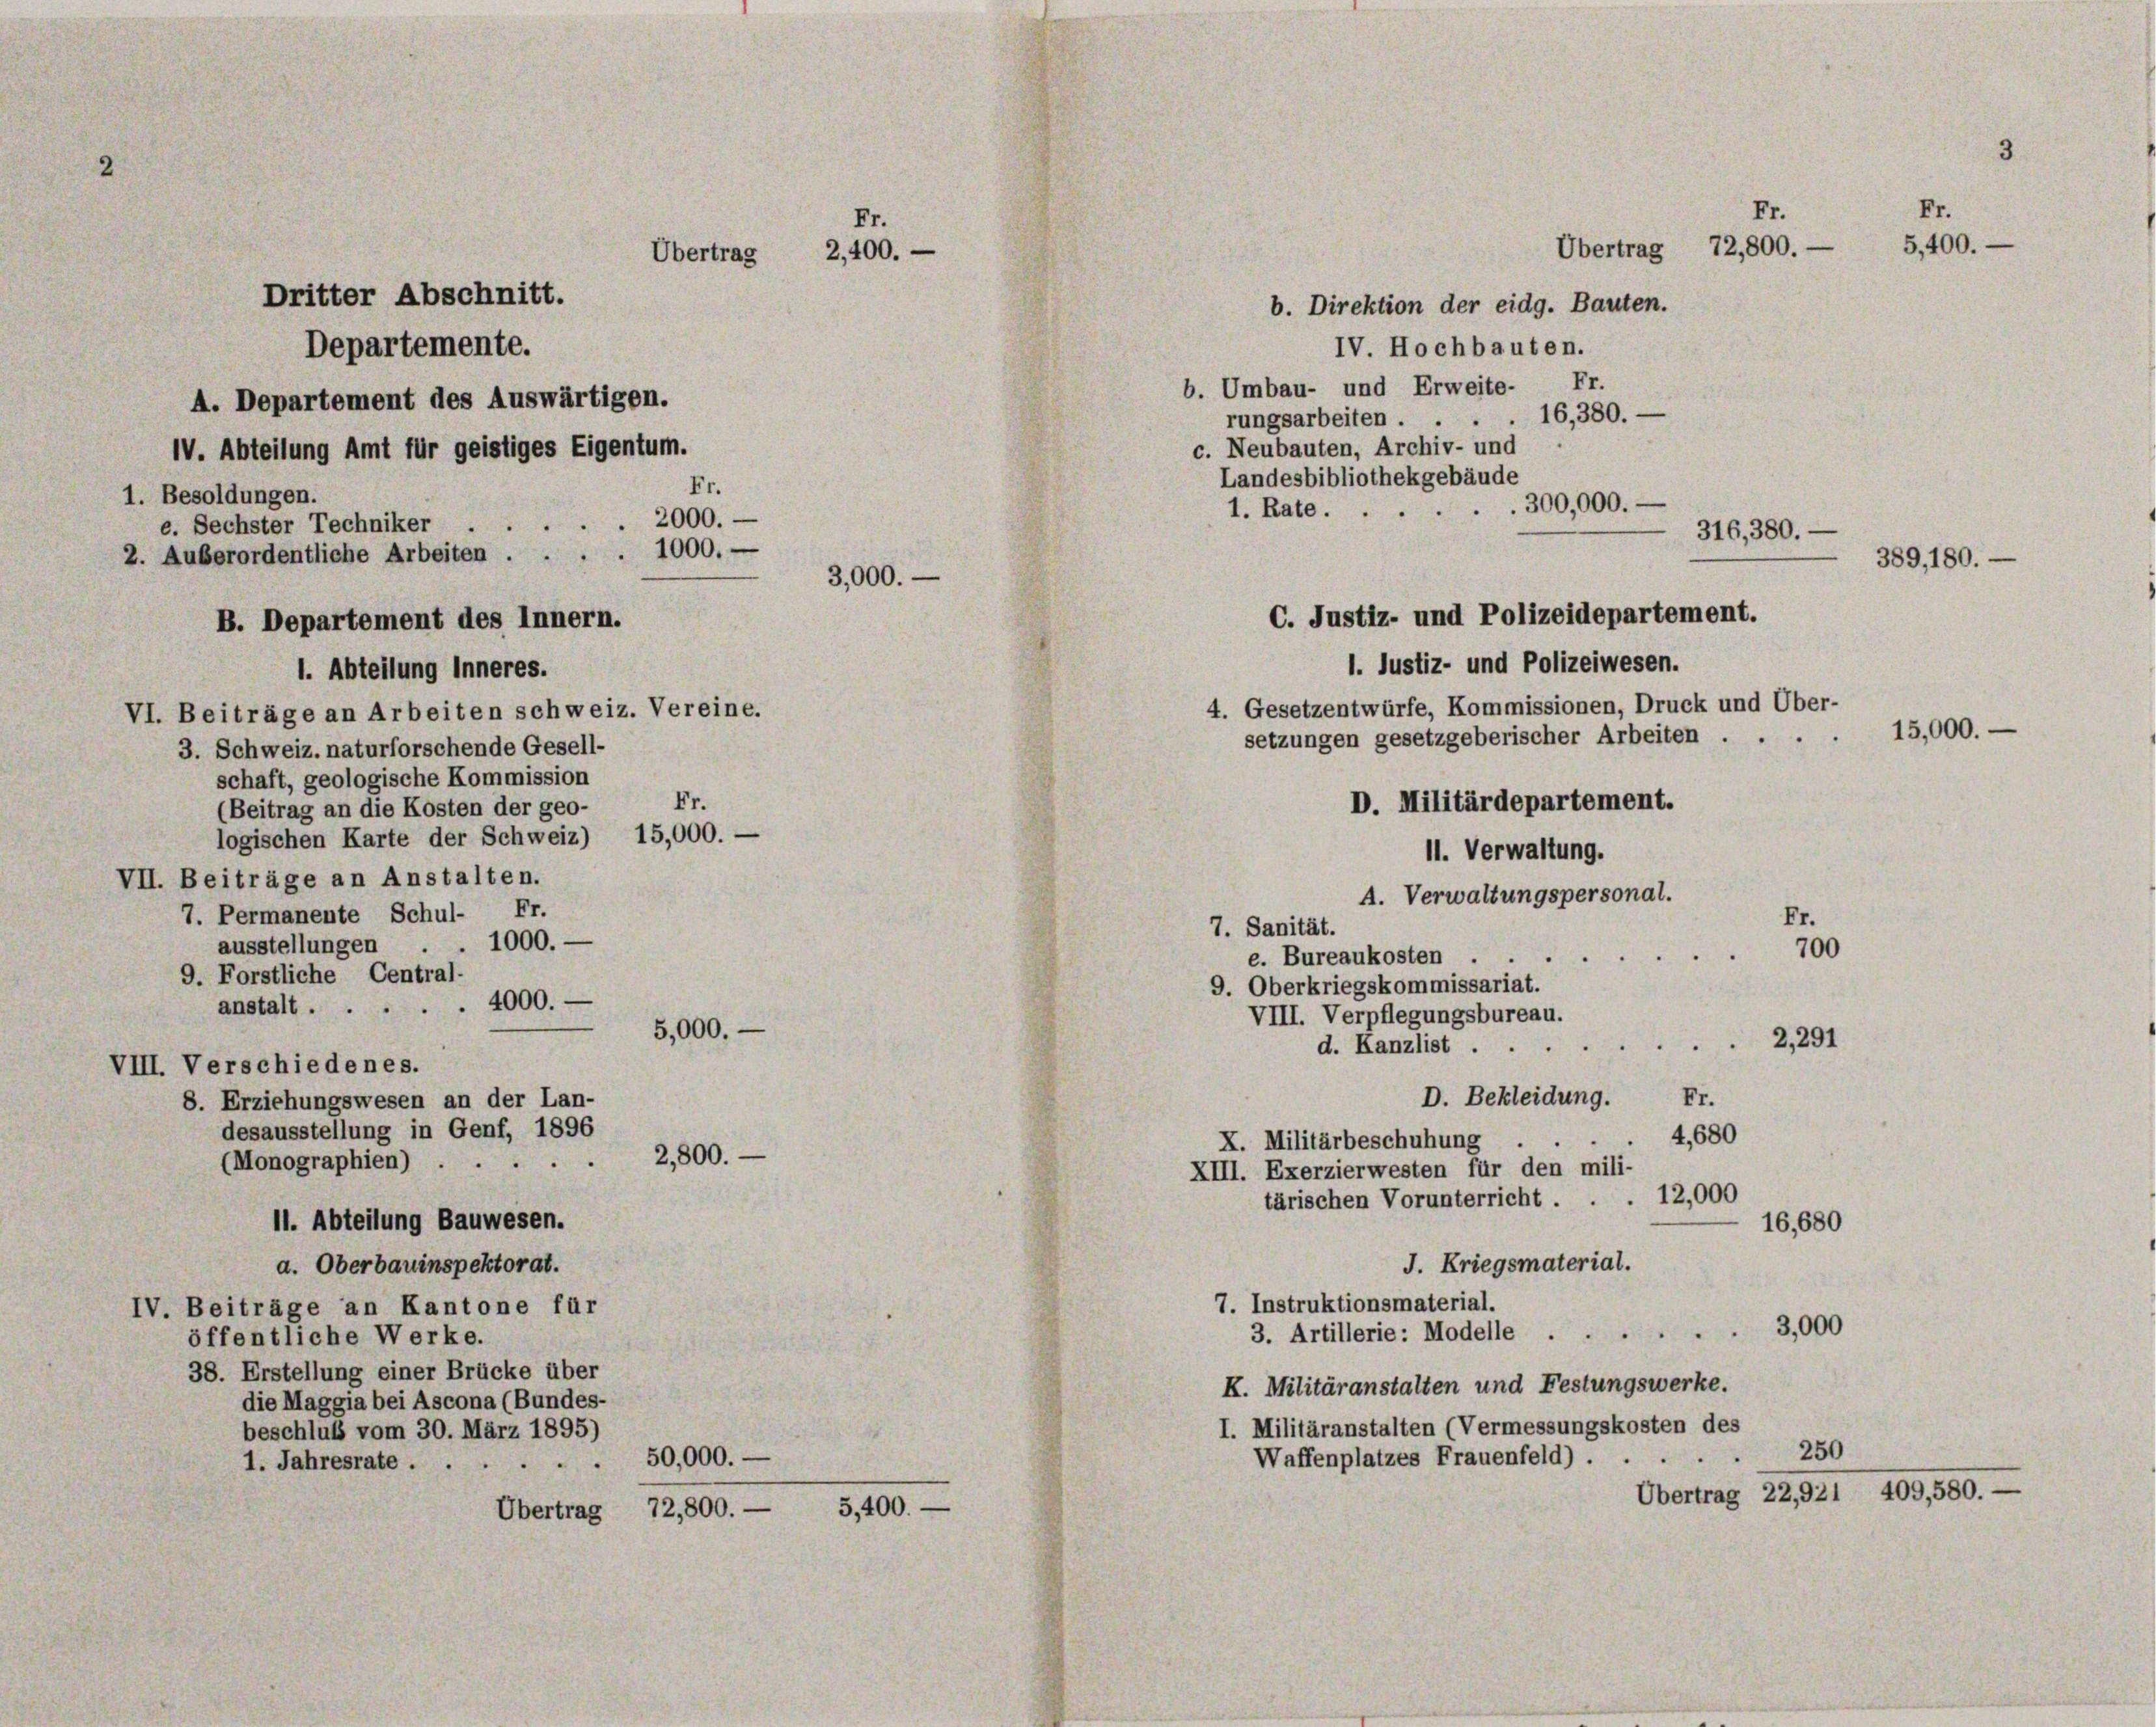
Fr.
2,400.
Übertrag
Dritter Abschnitt.
Departemente.
A. Departement des Auswärtigen.
IV. Abteilung Amt für geistiges Eigentum.
Fr.
1. Besoldungen.
2000.

e. Sechster Techniker
2. Auberordentliche Arbeiten . . . . 1000.
3,000.
B. Departement des Innern.

. Abteilung inneres.

VI. Beiträge an Arbeiten schweiz. Vereine.
3. Schweiz. naturforschende Gesell-
schaft, geologische Kommission
Fr.
(Beitrag an die Kosten der geo-
logischen Karte der Schweiz) 15,000. —
VII. Beiträge an Anstalten.
7. Permanente Schul- Fr.
. 1000.
ausstellungen
9. Forstliche Central-
4000.
anstalt ...
VIII. Verschiedenes.
8. Erziehungswesen an der Lan-
desausstellung in Genf, 1896
2,800.
(Monographien)
11. Abteilung Bauwesen.
a. Oberbauinspektorat.
IV. Beiträge an Kantone für
öffentliche Werke.
38. Erstellung einer Brücke über
die Maggia bei Ascona (Bundes-
beschluß vom 30. März 1895)
50,000.
1. Jahresrate .
Übertrag 72,800. —

5,000.

5,400.

C. Justiz- und Polizeidepartement.

Fr.
Fr.
5,400.

Übertrag 72,800. —
b. Direktion der eidg. Bauten.
IV. Hochbauten.
b. Umbau- und Erweite. Fr.
rungsarbeiten . . . . 16,380. —
c. Neubauten, Archiv- und
Landesbibliothekgebäude
300,000.-
1. Rate.
1. Justiz- und Polizeiwesen.
4. Gesetzentwürfe, Kommissionen, Druck und Über-
setzungen gesetzgeberischer Arbeiten . . .
D. Militärdepartement.
11. Verwaltung.
A. Verwaltungspersonal.
7. Sanität.
700
e. Bureaukosten ...
9. Oberkriegskommissariat.
VIII. Verpflegungsbureau.
2,291
d. Kanzlist ..
D. Bekleidung. Fr.
4,680
X. Militärbeschuhung
XIII. Exerzierwesten für den mili-
12,000
tärischen Vorunterricht .
16,680
J. Kriegsmaterial.
7. Instruktionsmaterial.
3,000
3. Artillerie: Modelle .
K. Militäranstalten und Festungswerke.
I. Militäranstalten (Vermessungskosten des
250
“
Waffenplatzes Frauenfeld) .
Übertrag 22,921 409,580. —

316, 380.-
389, 180. —

15,000.